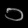
Digit: ၁